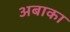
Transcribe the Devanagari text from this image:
अबाका